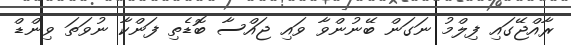
ރާއްޖޭގައި ފިލްމު ނަގަން ބޭނުންވާ ވައި ޖައްސާ ބޮޑެތި ފަންކާ ނުވަތަ ވިންޑް